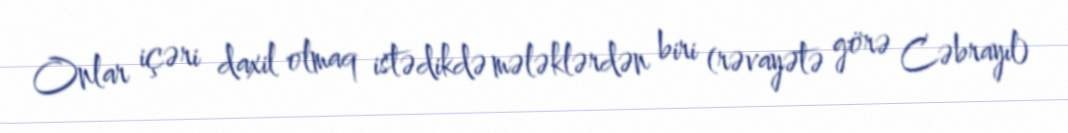
Onlar içəri daxil olmaq istədikdə mələklərdən biri (rəvayətə görə Cəbrayıl)